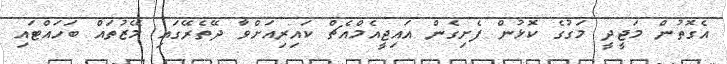
އެގޮތުން މަޖީދީ މަގުގެ ކޮޅުން ފެށިގެން އައިޖީއެމްއެޗް ކައިރިއަށްވާ ދޭތެރޭގައި މޭޒުތައް ބަހައްޓައި